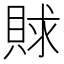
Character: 賕